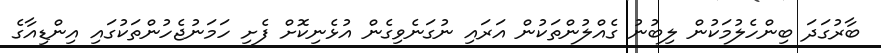
ބާރުގަދަ ބިންހެލުމަކުން ލިބުނު ގެއްލުންތަކުން އަރައި ނުގަނެވިގެން އުޅެނިކޮށް ފެށި ހަމަނުޖެހުންތަކުގައި އިންޑިއާގެ